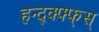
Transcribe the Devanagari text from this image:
हन्द्क्फ्फ्स्